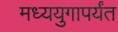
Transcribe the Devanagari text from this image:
मध्ययुगापर्यंत